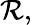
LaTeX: \mathcal{R},